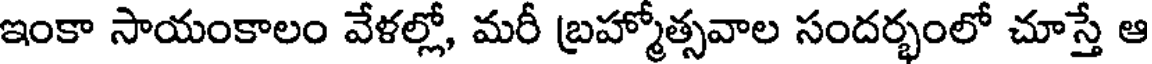
ఇంకా సాయంకాలం వేళల్లో, మరీ బ్రహ్మోత్సవాల సందర్భంలో చూస్తే ఆ